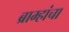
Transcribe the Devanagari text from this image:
ब्राम्हांचा